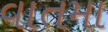
વાતમા